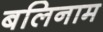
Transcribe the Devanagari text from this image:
बलिनाम